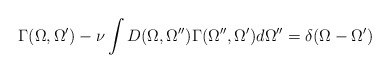
\begin{align*}\Gamma (\Omega , \Omega^{\prime}) - \nu \int D(\Omega , \Omega^{\prime\prime})\Gamma (\Omega^{\prime\prime} , \Omega^{\prime}) d\Omega^{\prime\prime} =\delta (\Omega -\Omega^{\prime})\end{align*}